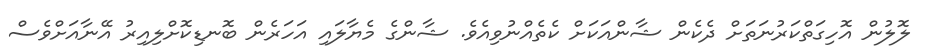
ލޮލުން އޮހިގަތްކަރުނަތަށް ދެކެން ޝާންއަކަށް ކެތެއްނުވިއެވެ. ޝާންގެ މެޔާލައި އަހަރެން ބޮނޑިކޮށްލިއިރު އޭނާއަށްވެސް